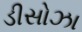
ડીસોઝા